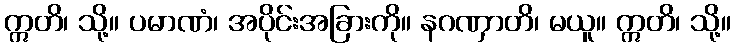
ဣတိ၊ သို့။ ပမာဏံ၊ အပိုင်းအခြားကို။ နဂဏှာတိ၊ မယူ။ ဣတိ၊ သို့။